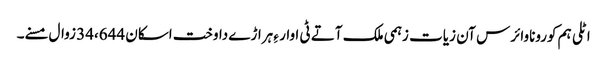
اٹلی ہم کوروناوائرس آن زیات زہمی ملک آتے ٹی اوار ءِ ہراڑے داوخت اسکان 34،644 زوال مسنے۔